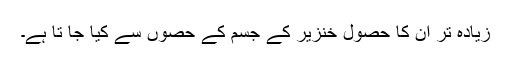
زیادہ تر ان کا حصول خنزیر کے جسم کے حصوں سے کیا جا تا ہے۔